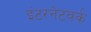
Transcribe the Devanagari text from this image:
इंटरनेटवर्क